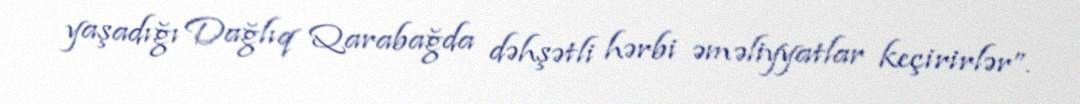
yaşadığı Dağlıq Qarabağda dəhşətli hərbi əməliyyatlar keçirirlər”.